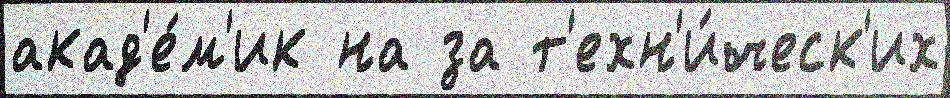
акад'е́м'ик на за т'ехн'и́ческ'их